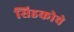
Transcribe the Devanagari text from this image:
सिडकोचे